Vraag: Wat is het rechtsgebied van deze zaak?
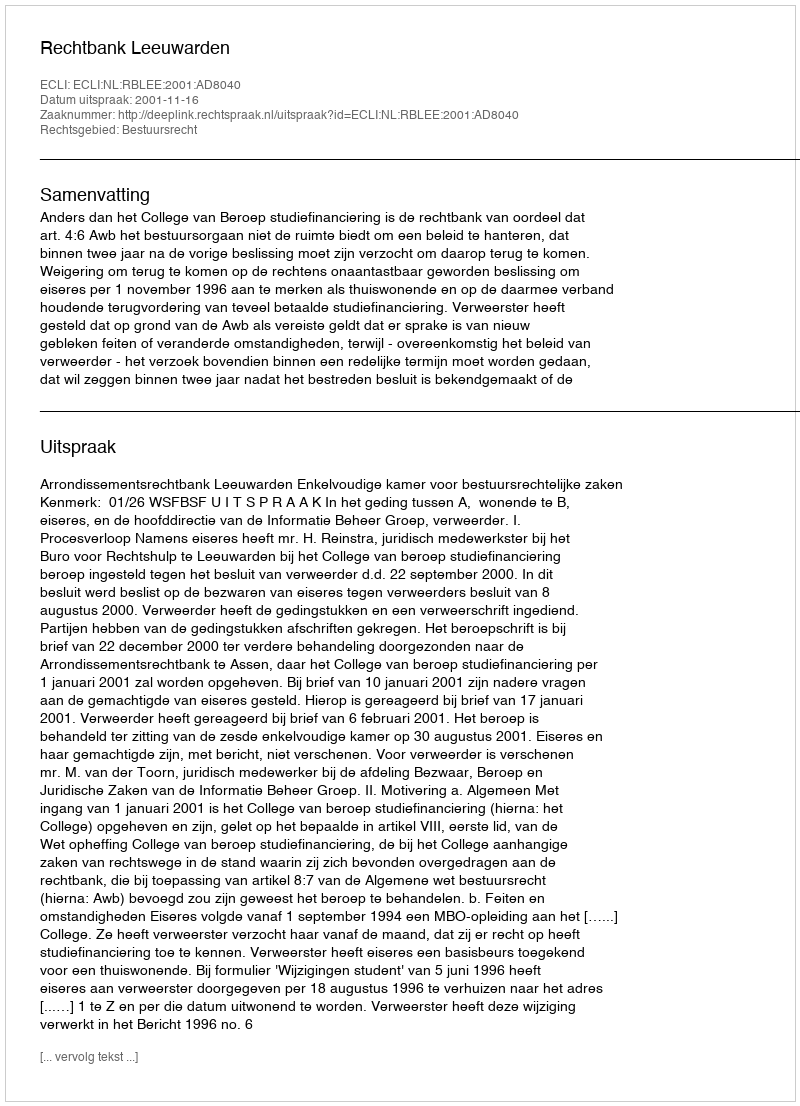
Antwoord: Bestuursrecht